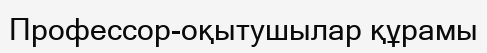
Профессор-оқытушылар құрамы